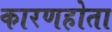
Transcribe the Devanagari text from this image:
कारणहोता